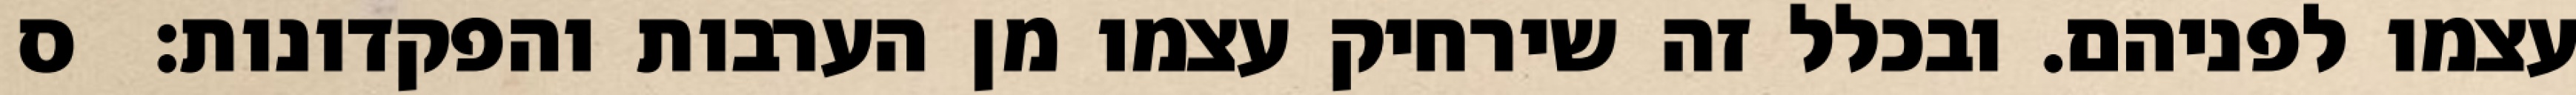
עצמו לפניהם. ובכלל זה שירחיק עצמו מן הערבות והפקדונות:  ס